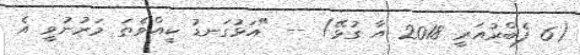
(6 ފެބްރުއަރީ 2018 އާ ގުޅޭ) -- "އަޅުގަނޑު ކީއްވެތަ މަރުނުވީ އެ